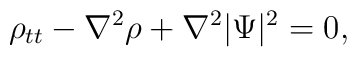
\rho _{tt} - \nabla^{2}\rho + \nabla^{2}|\Psi |^{2} = 0,